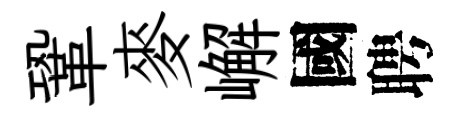
鞏麥嶰國聘